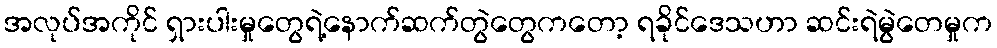
အလုပ်အကိုင် ရှားပါးမှုတွေရဲ့နောက်ဆက်တွဲတွေကတော့ ရခိုင်ဒေသဟာ ဆင်းရဲမွဲတေမှုက